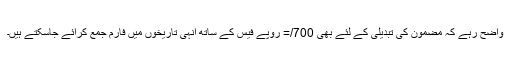
واضح رہے کہ مضمون کی تبدیلی کے لئے بھی 700/= روپے فیس کے ساتھ انہی تاریخوں میں فارم جمع کرائے جاسکتے ہیں۔